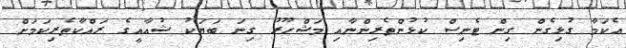
އެކަމާ ގުޅިގެން ގިން ޓެނިސް ކުޅުންތެރިންނާއި މަޝްހޫރު ގިނަ ބަޔަކު ޝުއާއީގެ ރައްކާތެރިކަމަށް